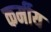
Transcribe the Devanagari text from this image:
कर्मीय